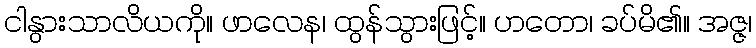
ငါနွားသာလိယကို။ ဖာလေန၊ ထွန်သွားဖြင့်။ ဟတော၊ ခပ်မိ၏။ အဇ္ဇ၊